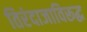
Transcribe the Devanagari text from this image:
तिरंदाजाविरूद्ध